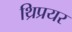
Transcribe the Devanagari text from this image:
थ्रिप्रयर